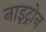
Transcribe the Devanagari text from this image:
नाइट्रोन